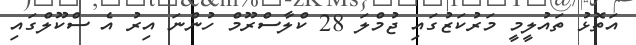
އަތޮޅު ތައުލީމީ މަރުކަޒުގައި ޖުމްލަ 28 ކްލާސްރޫމް ހުންނަ އިރު އެ ސްކޫލްގައި